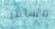
مسافر